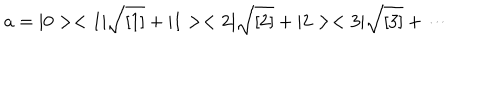
a = | 0 > < 1 | \sqrt { [ 1 ] } + | 1 > < 2 | \sqrt { [ 2 ] } + | 2 > < 3 | \sqrt { [ 3 ] } + \cdots